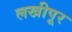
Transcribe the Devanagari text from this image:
लखीपूर